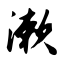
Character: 漱